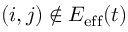
( i , j ) \notin E _ { \mathrm { e f f } } ( t )